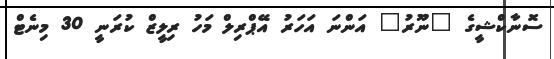
ސޮނާކްޝީގެ "ނޫރު" އަންނަ އަހަރު އޭޕްރިލް މަހު ރިލީޒް ކުރަނީ 30 މިނެޓް